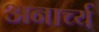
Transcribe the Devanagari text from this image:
अनार्च्य